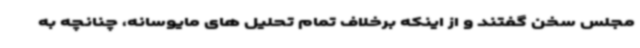
مجلس سخن گفتند و از اینکه برخلاف تمام تحلیل های مایوسانه، چنانچه به